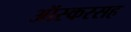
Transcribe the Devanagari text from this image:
ऑस्करसह